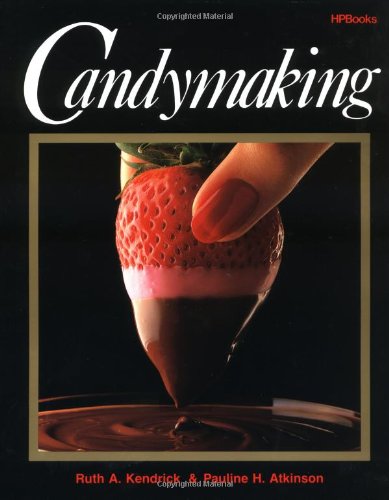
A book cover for Candymaking; Ruth Kendrick; Cookbooks, Food & Wine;